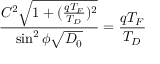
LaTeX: \frac { C ^ { 2 } \sqrt { 1 + ( \frac { q T _ { F } } { T _ { D } } ) ^ { 2 } } } { \sin ^ { 2 } \phi \sqrt { D _ { 0 } } } = \frac { q T _ { F } } { T _ { D } }